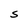
Character: S